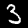
Label: 3